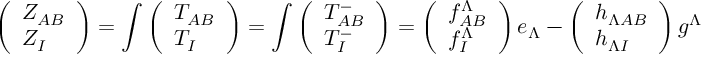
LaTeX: \left( \begin{array} { l } { { Z _ { A B } } } \\ { { Z _ { I } } } \end{array} \right) = \int \left( \begin{array} { l } { { T _ { A B } } } \\ { { T _ { I } } } \end{array} \right) = \int \left( \begin{array} { l } { { T _ { A B } ^ { - } } } \\ { { T _ { I } ^ { - } } } \end{array} \right) = \left( \begin{array} { l } { { f _ { A B } ^ { \Lambda } } } \\ { { f _ { I } ^ { \Lambda } } } \end{array} \right) e _ { \Lambda } - \left( \begin{array} { l } { { h _ { \Lambda A B } } } \\ { { h _ { \Lambda I } } } \end{array} \right) g ^ { \Lambda }